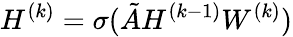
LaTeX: H^{(k)}=\sigma(\tilde{A}H^{(k-1)}W^{(k)})